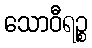
သောဝီရဉ္စ